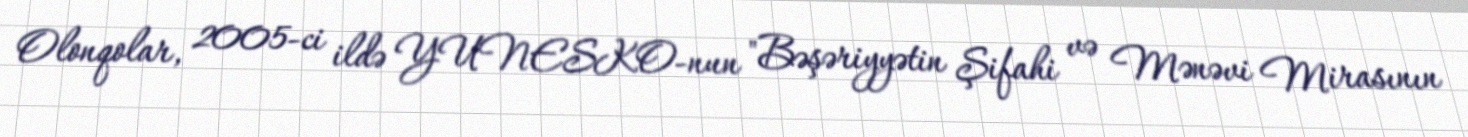
Olonqolar, 2005-ci ildə YUNESKO-nun "Bəşəriyyətin Şifahi və Mənəvi Mirasının